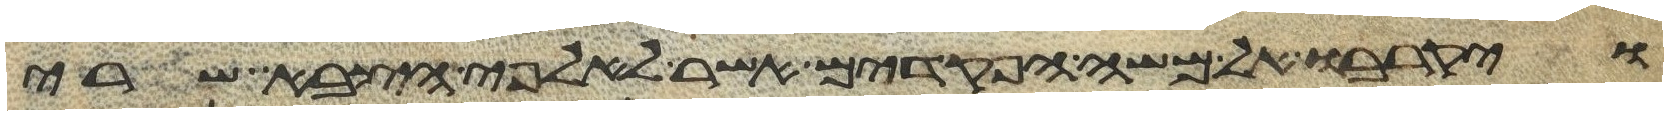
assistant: ויקרבו אל משה הפקדים אשר לאלפי הצבא שרי